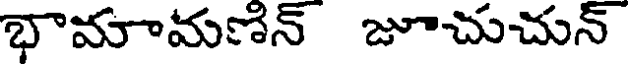
భామాామణిన్ జూచుచున్